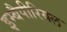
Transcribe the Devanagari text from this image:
इम्बैपीरियल